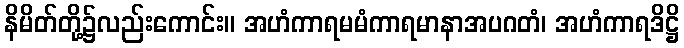
နိမိတ်တို့၌လည်းကောင်း။ အဟံကာရမမံကာရမာနာအပဂတံ၊ အဟံကာရဒိဋ္ဌိ